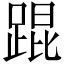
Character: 𬦸